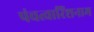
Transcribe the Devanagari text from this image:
पंचत्वारिंशनाम